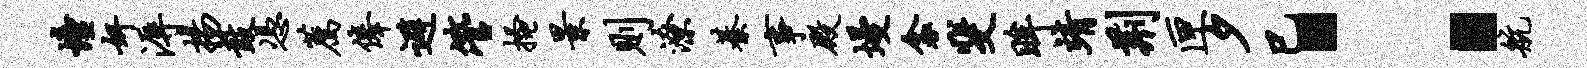
憧奸溽扬鼓凭荐俸避管搔景则潦綦事殿墁衾斐眸靖荆匣夕巳：航